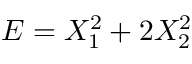
E = X _ { 1 } ^ { 2 } + 2 X _ { 2 } ^ { 2 }